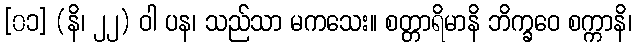
[၀၁] (နိ၊ ၂၂) ဝါ ပန၊ သည်သာ မကသေး။ စတ္တာရိမာနိ ဘိက္ခဝေ စက္ကာနိ၊